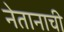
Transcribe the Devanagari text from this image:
नेतानाची